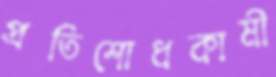
প্রতিশোধকামী